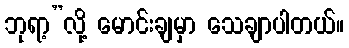
ဘုရာ့”လို့ မောင်းချမှာ သေချာပါတယ်။